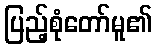
ပြည့်စုံတော်မူ၏